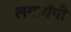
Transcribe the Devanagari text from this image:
लगायेंगी